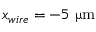
x _ { w i r e } = - 5 ~ { \upmu \mathrm { m } }